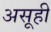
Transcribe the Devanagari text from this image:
असूही